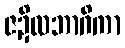
ဇဍိလဘာဂိကာ